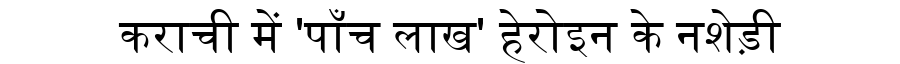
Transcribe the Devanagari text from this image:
कराची में 'पाँच लाख' हेरोइन के नशेड़ी